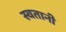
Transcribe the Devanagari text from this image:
स्वतानी